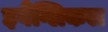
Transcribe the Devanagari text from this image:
इवैंग्लिकल